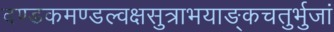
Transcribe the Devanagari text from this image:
दण्डकमण्डल्वक्षसुत्राभयाङ्कचतुर्भुजां